Indian journal of veterinary science and animal husbandry - Volume 7,
Year: 1937
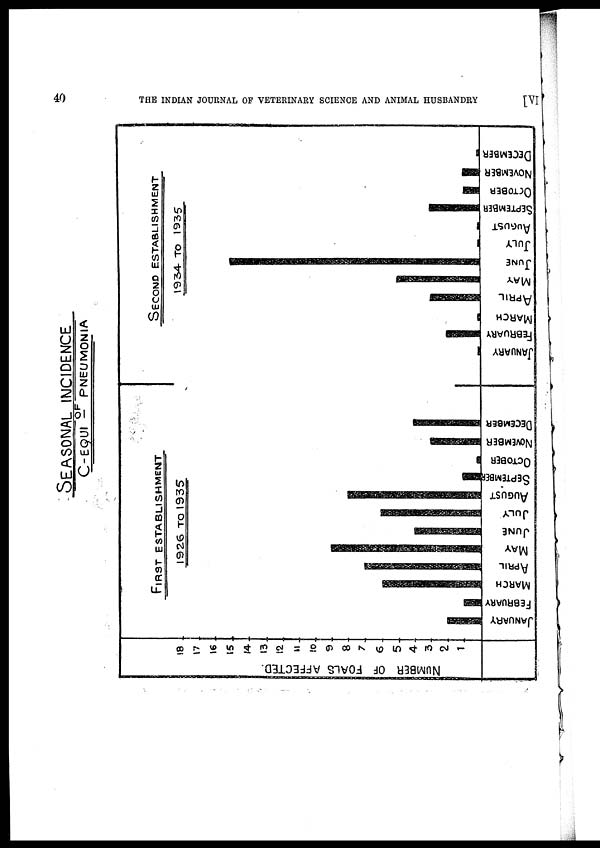
40
THE INDIAN JOURNAL OF VETERINARY SCIENCE AND ANIMAL HUSBANDRY
[VI